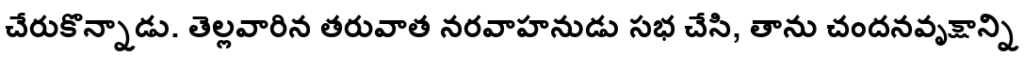
చేరుకొన్నాడు. తెల్లవారిన తరువాత నరవాహనుడు సభ చేసి, తాను చందనవృక్షాన్ని